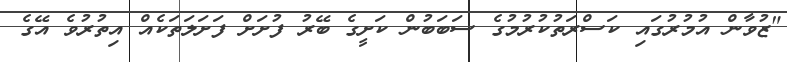
"ޒުވާން އުމުރުގައި ކަސްރަތުކުރުމުގެ ސަބަބުން ކަށީގެ ބޭރު ފުށަށް ފަށަލަތަކެއް އިތުރުވެ އޭގެ